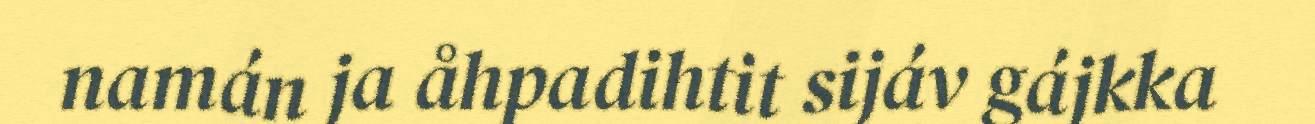
namán ja åhpadihtit sijáv gájkka